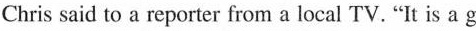
Chris said to a reporter from a local TV."It is a good ( )4.The underlined words might mean " ___